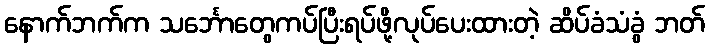
နောက်ဘက်က သင်္ဘောတွေကပ်ပြီးရပ်ဖို့လုပ်ပေးထားတဲ့ ဆိပ်ခံသံခွံ ဘတ်